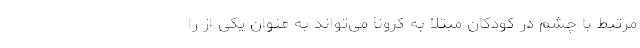
مرتبط با چشم در کودکان مبتلا به کرونا می‌تواند به عنوان یکی از را